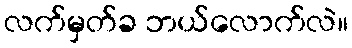
လက်မှတ်ခ ဘယ်လောက်လဲ။